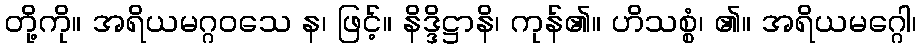
တို့ကို။ အရိယမဂ္ဂဝသေ န၊ ဖြင့်။ နိဒ္ဒိဋ္ဌာနိ၊ ကုန်၏။ ဟိသစ္စံ၊ ၏။ အရိယမဂ္ဂေါ၊